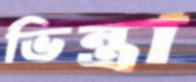
ভিন্ত্রা